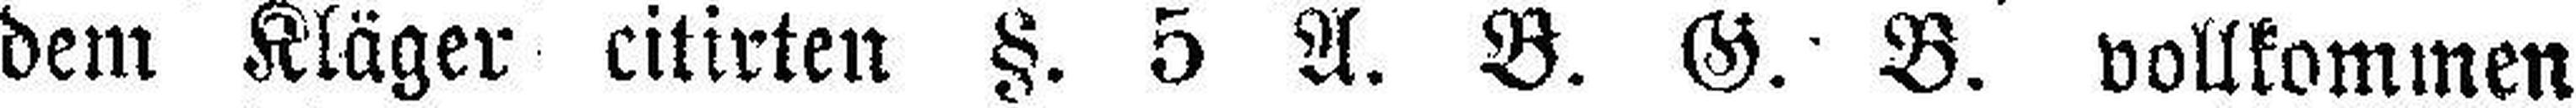
dem Kläger citirten §. 5 A. B. G. B. vollkommen